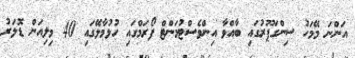
އަންނަ މޭމަހު ސިންގަޕޫރުގައި ބާއްވާ އިންވެސްޓުމަންޓް ފޯރަމްގައި ހުޅުމާލޭގައި 40 މިލިއަން ޑޮލަރު